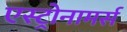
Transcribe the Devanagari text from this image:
एस्ट्रोनामर्स